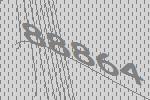
88864